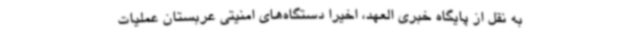
به نقل از پایگاه خبری العهد، اخیرا دستگاه‌های امنیتی عربستان عملیات